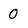
Character: 0